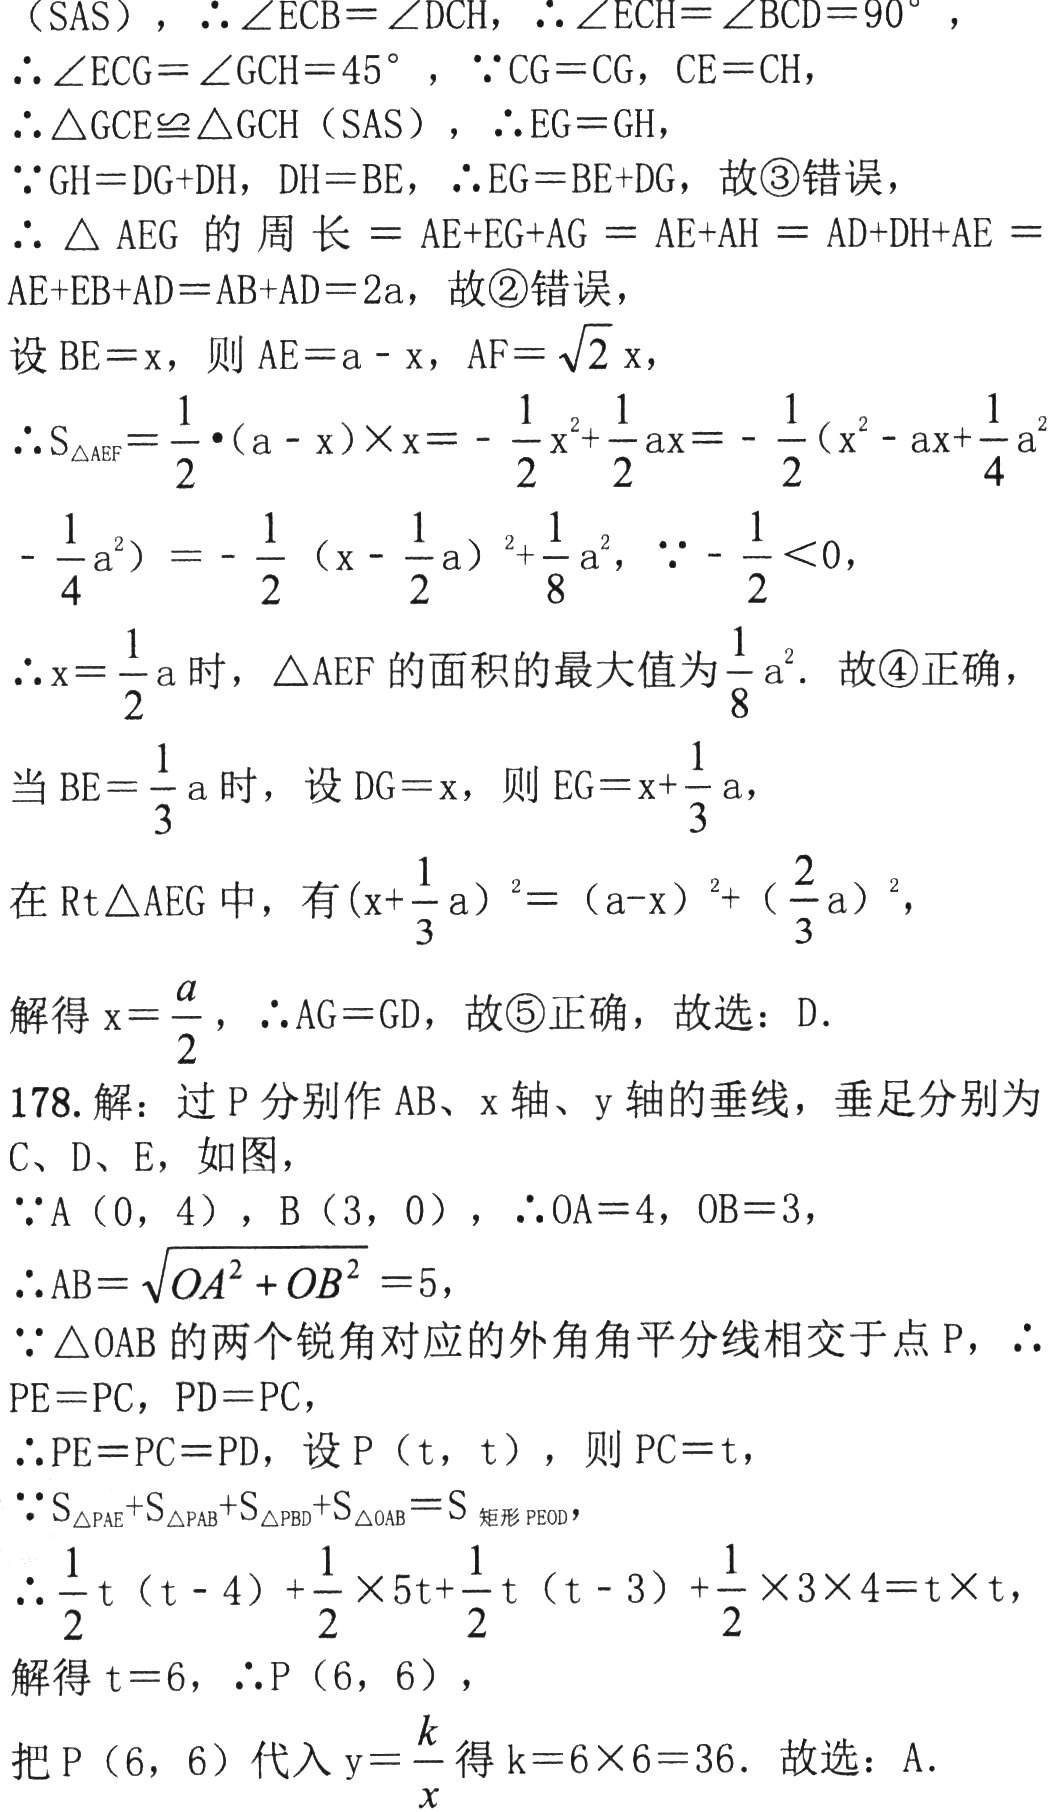
（SAS），\(\therefore\angle ECB = \angle DCH\)，\(\therefore\angle ECH=\angle BCD = 90^{\circ}\)，

\(\therefore\angle ECG=\angle GCH = 45^{\circ}\)，\(\because CG = CG\)，\(CE = CH\)，

\(\therefore\triangle GCE\cong\triangle GCH\)（SAS），\(\therefore EG = GH\)，故\textcircled{3}错误，

\(\because GH=DG + DH\)，\(DH = BE\)，\(\therefore EG=BE + DG\)，故\textcircled{3}错误，

\(\therefore\triangle AEG\)的周长\(=AE + EG+AG=AE + AH=AD + DH+AE=AE + EB+AD=AB + AD = 2a\)，故\textcircled{2}错误，

设\(BE = x\)，则\(AE=a - x\)，\(AF = \sqrt{2}x\)，

\(\therefore S_{\triangle AEF}=\frac{1}{2}\cdot(a - x)\times x=-\frac{1}{2}x^{2}+\frac{1}{2}ax=-\frac{1}{2}(x^{2}-ax+\frac{1}{4}a^{2}\)

\(-\frac{1}{4}a^{2})=-\frac{1}{2}(x - \frac{1}{2}a)^{2}+\frac{1}{8}a^{2}\)，\(\because-\frac{1}{2}<0\)，

\(\therefore x=\frac{1}{2}a\)时，\(\triangle AEF\)的面积的最大值为\(\frac{1}{8}a^{2}\)．故\textcircled{4}正确，

当\(BE=\frac{1}{3}a\)时，设\(DG = x\)，则\(EG=x+\frac{1}{3}a\)，

在\(Rt\triangle AEG\)中，有\((x+\frac{1}{3}a)^{2}=(a - x)^{2}+(\frac{2}{3}a)^{2}\)，

解得\(x=\frac{a}{2}\)，\(\therefore AG = GD\)，故\textcircled{5}正确，故选：D．

178. 解：过\(P\)分别作\(AB\)、\(x\)轴、\(y\)轴的垂线，垂足分别为\(C\)、\(D\)、\(E\)，如图，

\(\because A(0,4)\)，\(B(3,0)\)，\(\therefore OA = 4\)，\(OB = 3\)，

\(\therefore AB=\sqrt{OA^{2}+OB^{2}} = 5\)，

\(\because\triangle OAB\)的两个锐角对应的外角角平分线相交于点\(P\)，\(\therefore\)

\(PE = PC\)，\(PD = PC\)，

\(\therefore PE = PC = PD\)，设\(P(t,t)\)，则\(PC = t\)，

\(\because S_{\triangle PAE}+S_{\triangle PAB}+S_{\triangle PBD}+S_{\triangle OAB}=S_{矩形PEOD}\)，

\(\therefore\frac{1}{2}t(t - 4)+\frac{1}{2}\times5t+\frac{1}{2}t(t - 3)+\frac{1}{2}\times3\times4=t\times t\)，

解得\(t = 6\)，\(\therefore P(6,6)\)，

把\(P(6,6)\)代入\(y=\frac{k}{x}\)得\(k = 6\times6 = 36\)．故选：A．